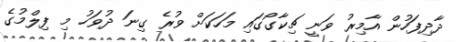
ދާދިފަހުން އާމިރު ވަނީ ޗިކާގޯގައި މަހަކަށް ވުރެ ގިނަ ދުވަހު މި ފިލްމުގެ